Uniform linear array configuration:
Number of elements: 48
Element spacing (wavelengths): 0.75
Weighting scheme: binomial
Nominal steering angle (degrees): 0
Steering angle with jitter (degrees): -1.836
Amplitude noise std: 0.05
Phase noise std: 0.05

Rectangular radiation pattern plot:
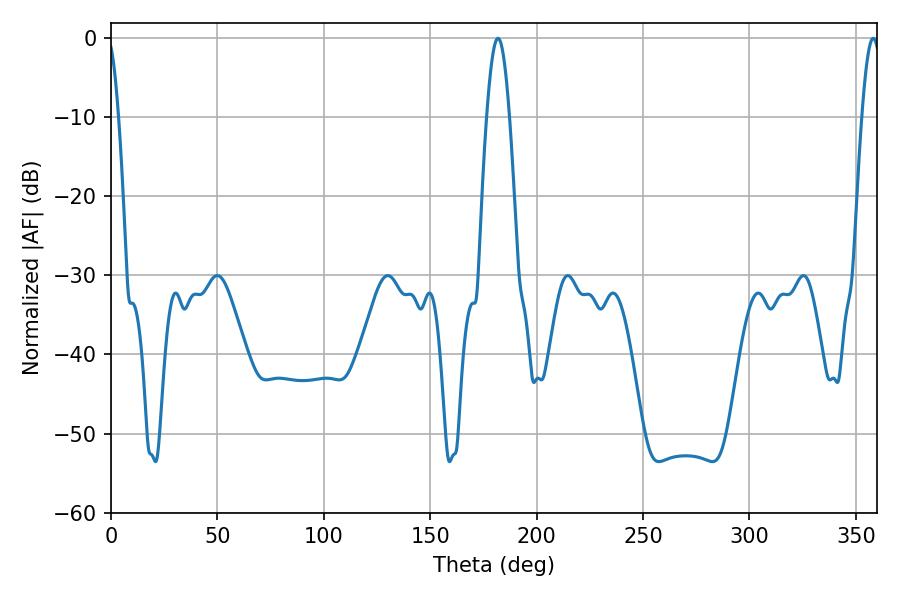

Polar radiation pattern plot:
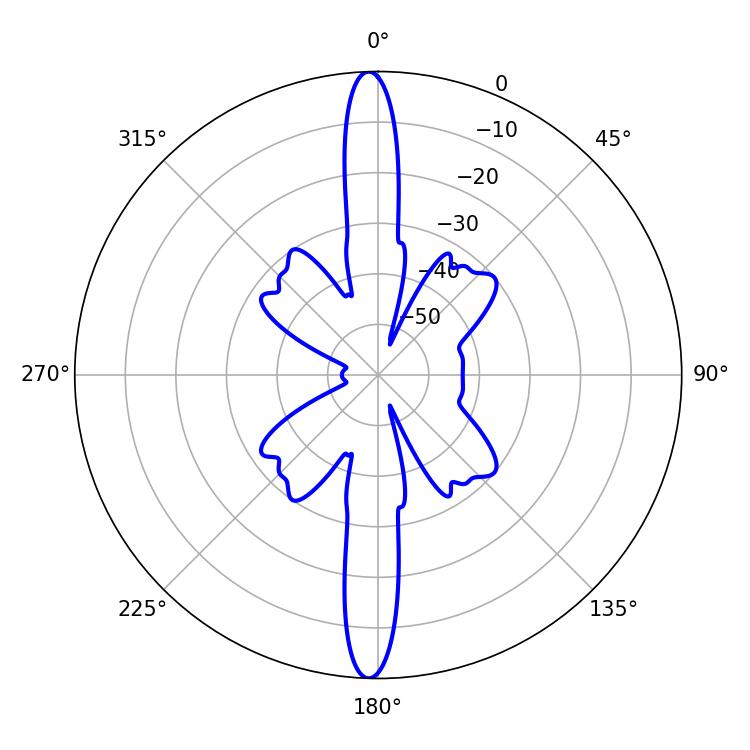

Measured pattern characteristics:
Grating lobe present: TRUE
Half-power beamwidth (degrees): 5.76
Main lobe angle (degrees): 181.8